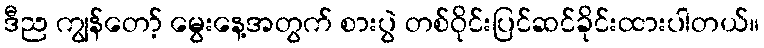
ဒီည ကျွန်တော့် မွေးနေ့အတွက် စားပွဲ တစ်ဝိုင်းပြင်ဆင်ခိုင်းထားပါတယ်။